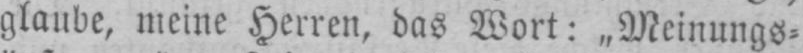
glaube, meine Herren, das Wort: „Meinungs⸗